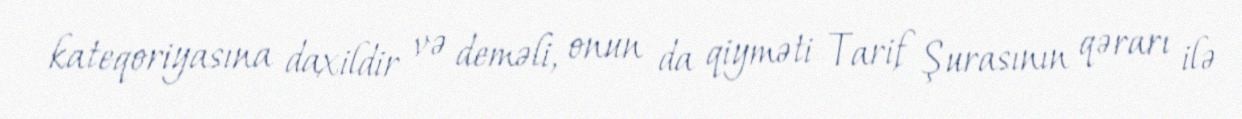
kateqoriyasına daxildir və deməli, onun da qiyməti Tarif Şurasının qərarı ilə